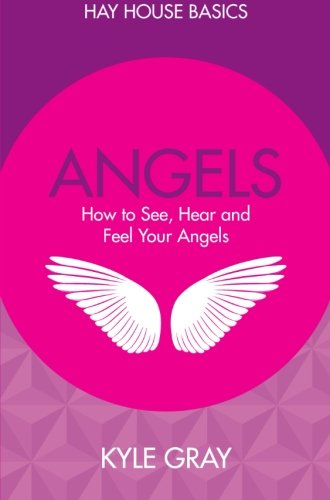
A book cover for Angels: How to See, Hear and Feel Your Angels (Hay House Basics); Kyle Gray; Religion & Spirituality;